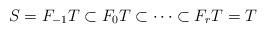
LaTeX: \begin{align*} S=F_{-1}T\subset F_0T\subset\cdots\subset F_r T=T \end{align*}